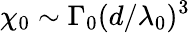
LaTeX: \chi_{0}\sim\Gamma_{0}(d/\lambda_{0})^{3}